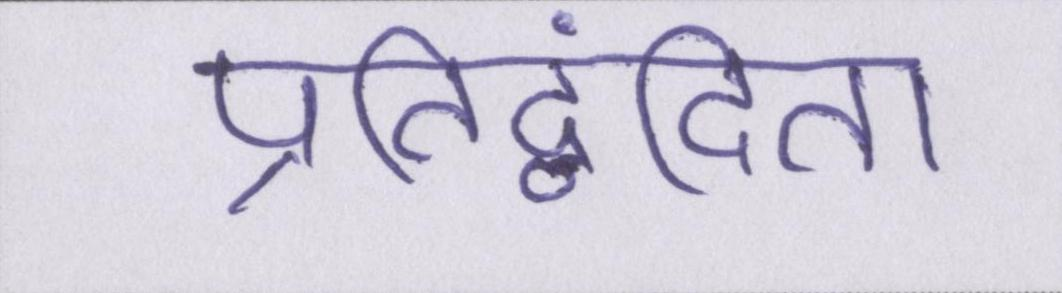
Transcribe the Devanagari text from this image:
प्रतिद्वंदिता